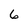
Character: 6